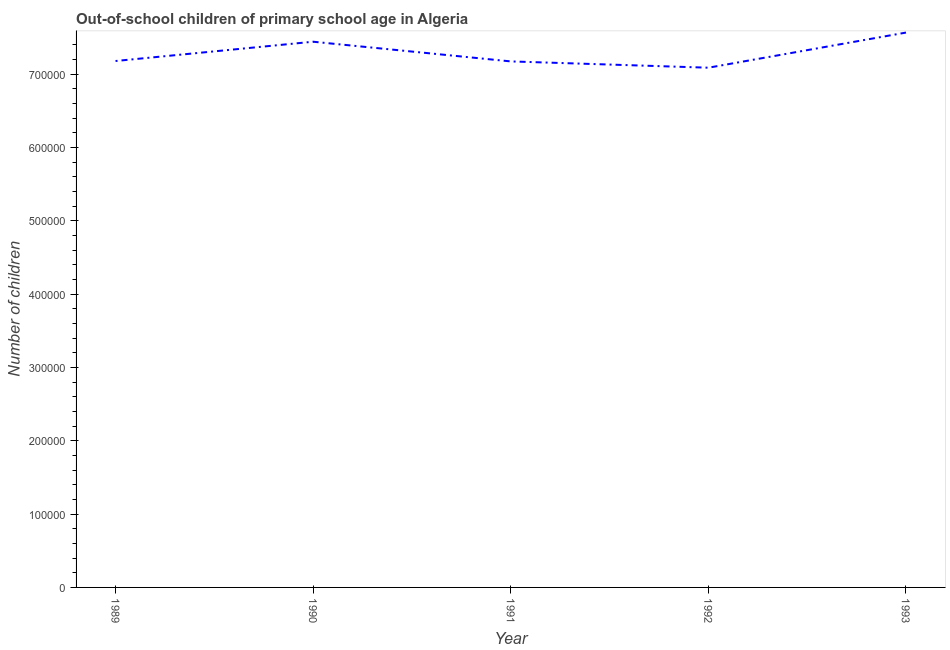
| Year | Out-of-school children of primary school age |
 | --- | --- |
 | 1989 | 7.18e+05 |
 | 1990 | 7.44e+05 |
 | 1991 | 7.17e+05 |
 | 1992 | 7.09e+05 |
 | 1993 | 7.57e+05 |